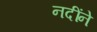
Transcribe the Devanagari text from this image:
नदींने